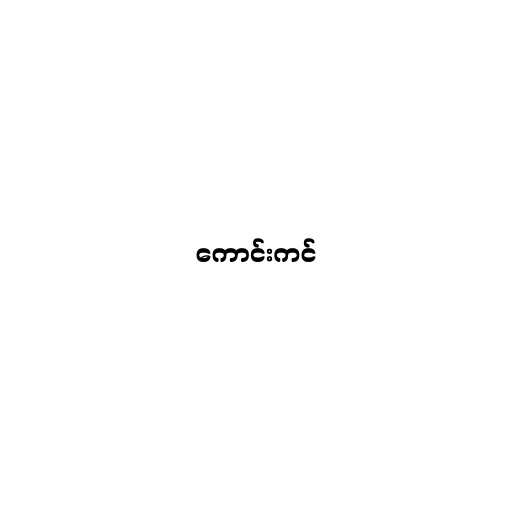
ကောင်းကင်